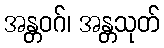
အန္တဝဂ်၊ အန္တသုတ်